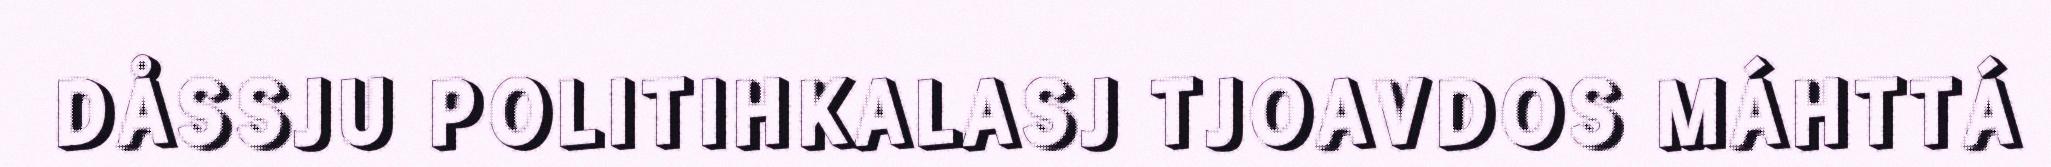
DÅSSJU POLITIHKALASJ TJOAVDOS MÁHTTÁ